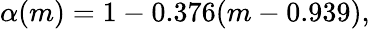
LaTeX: \alpha(m)=1-0.376(m-0.939),